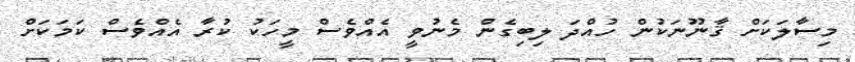
މިސާލަކަށް ޤާނޫނަކުން ހުއްދަ ލިބިގެން މެނުވީ އެއްވެސް މީހަކު ކުރާ އެއްވެސް ކަމަކަށް